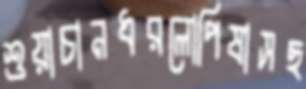
শুয়াচানধরলোপিষাসছ